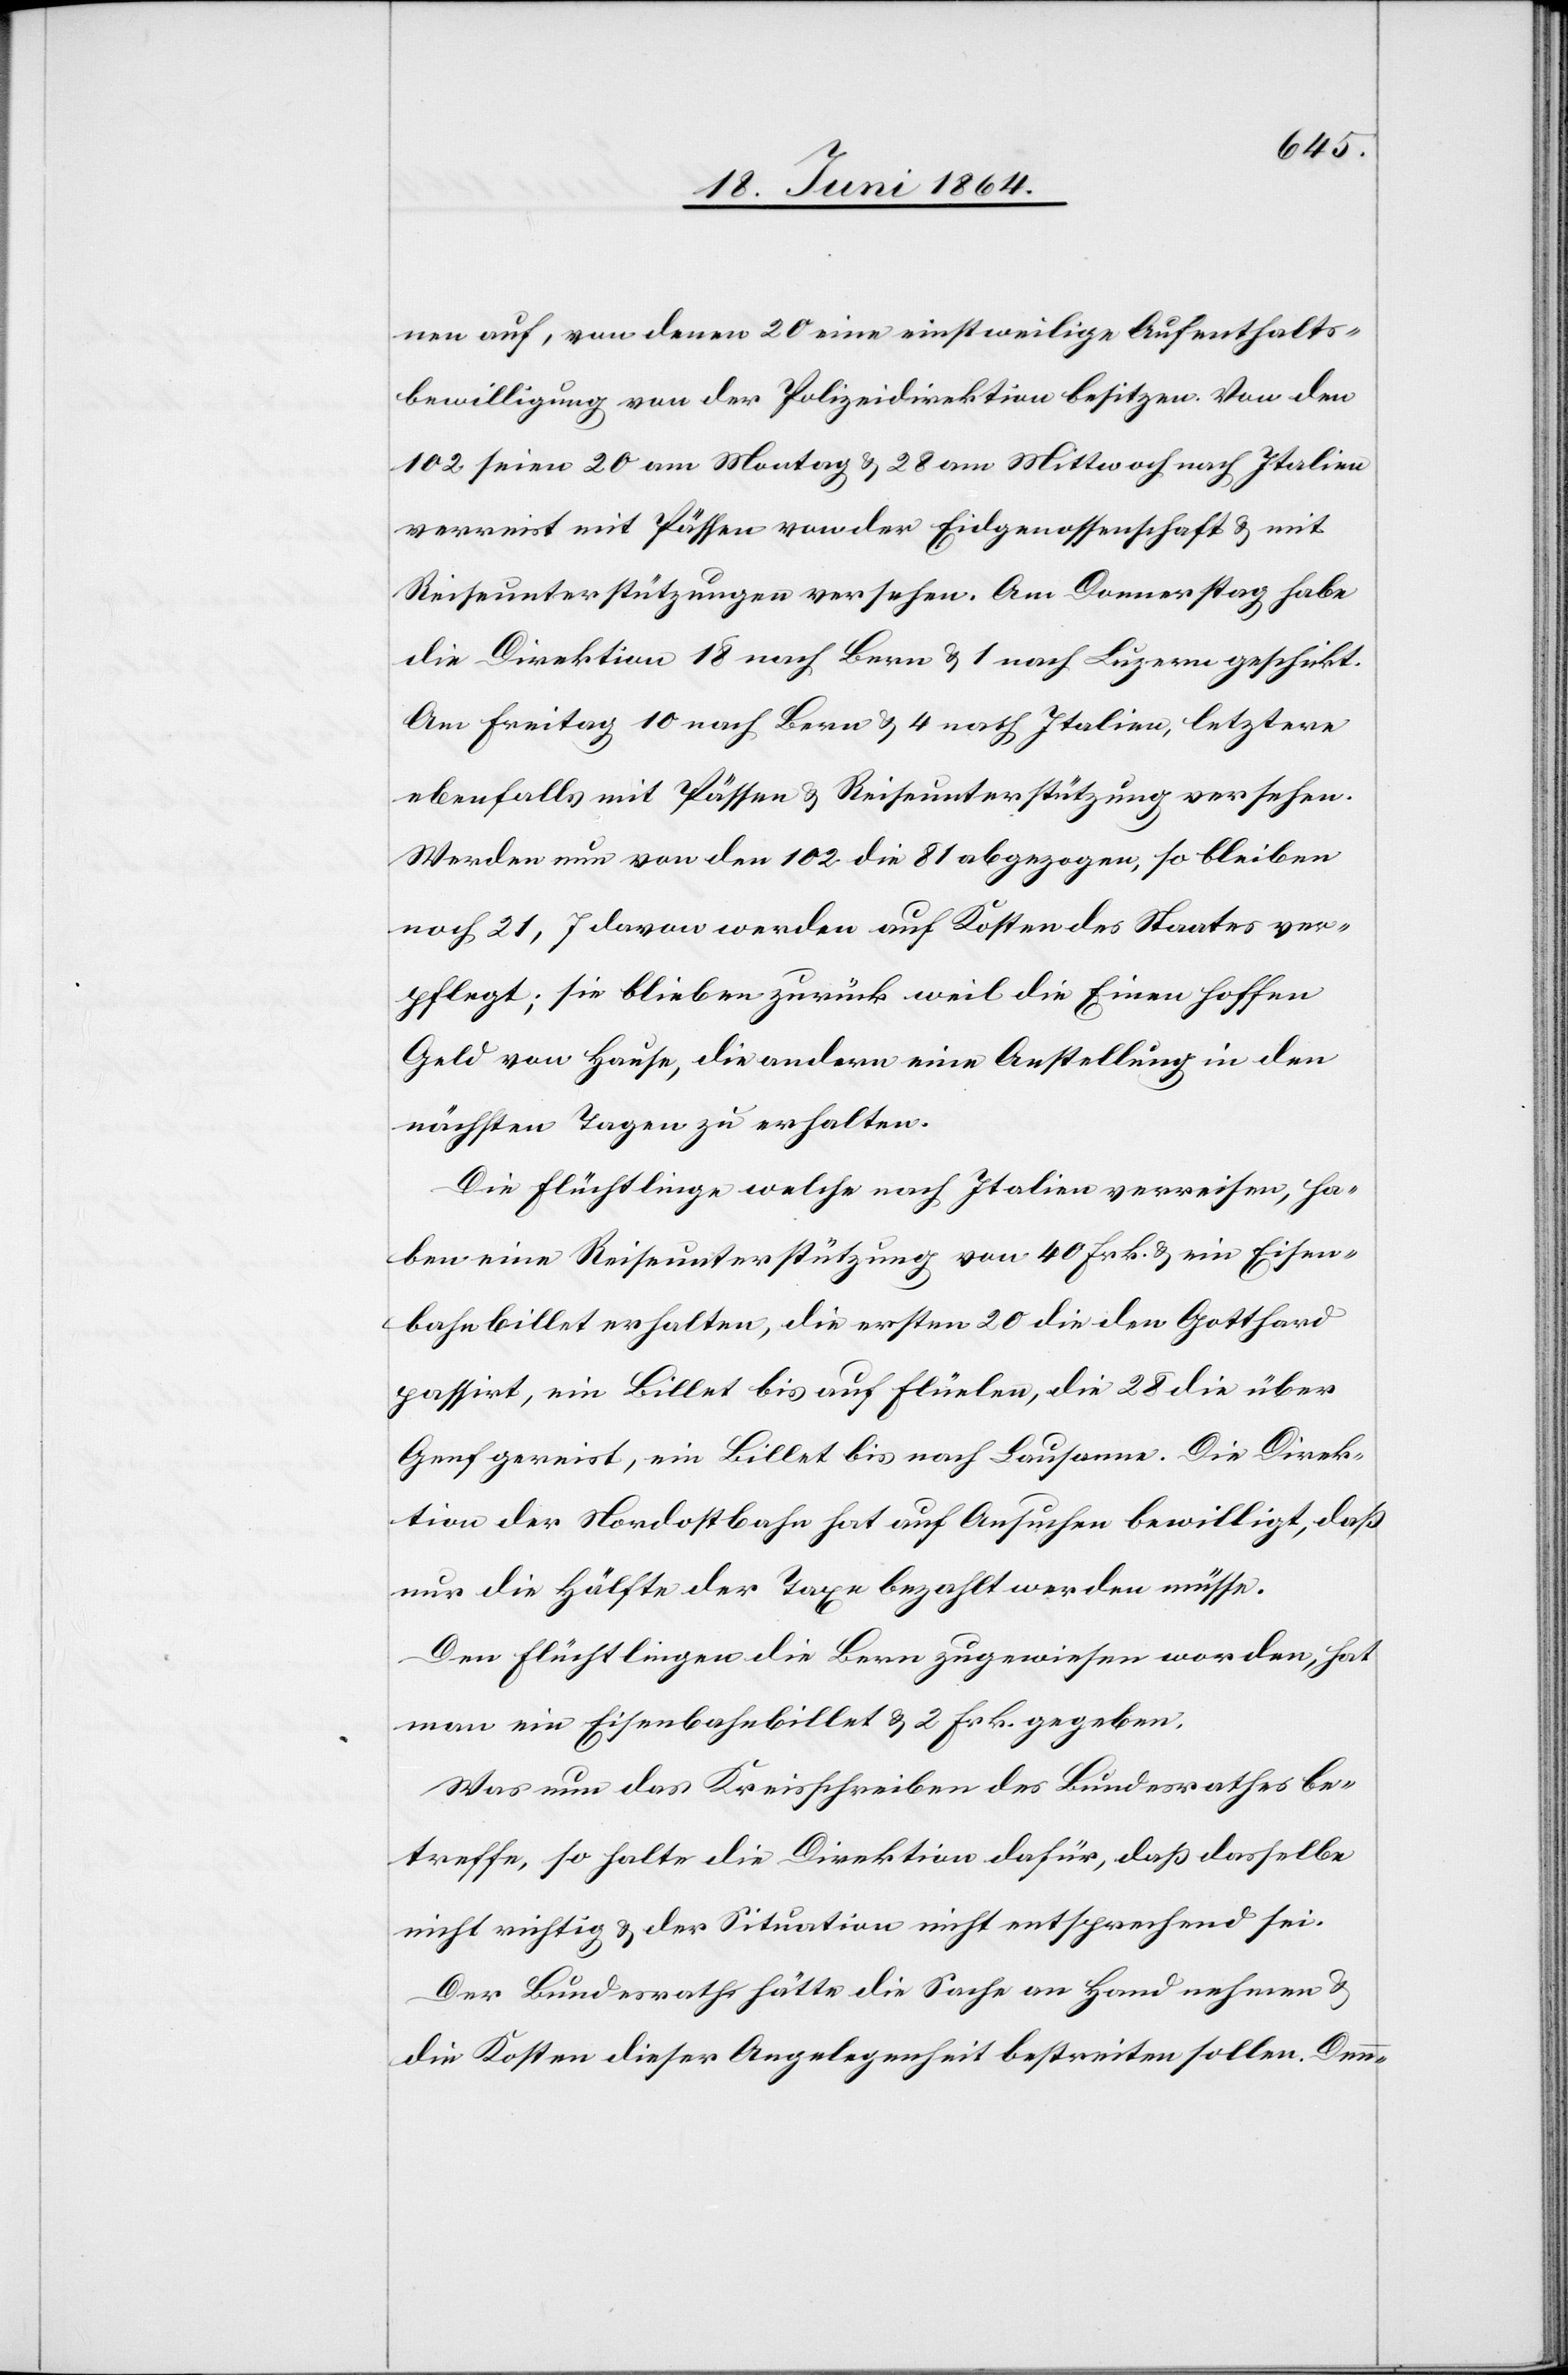
nen auf, von denen 20 eine einstweilige Aufenthalts¬
bewilligung von der Polizeidirektion besitzen. Von den
102 seien 20 am Montag u. 28 am Mittwoch nach Italien
verreist mit Pässen von der Eidgenossenschaft u. mit
Reiseunterstützungen versehen. Am Donnerstag habe
die Direktion 18 nach Bern u. 1 nach Luzern geschickt.
Am Freitag 10 nach Bern u. 4 nach Italien, letztere
ebenfalls mit Pässen u. Reiseunterstützung versehen.
Werden nun von den 102 die 81 abgezogen, so bleiben
noch 21, 7 davon werden auf Kosten des Staates ver¬
pflegt; sie bleiben zurück weil die Einen hoffen
Geld von Hause [sic!], die andern eine Anstellung in den
nächsten Tagen zu erhalten.
Die Flüchtlinge welche nach Italien verreisen, ha¬
ben eine Reiseunterstützung von 40 Frk. u. ein Eisen¬
bahnbillet erhalten, die ersten 20 die den Gotthard
passirt, ein Billet bis auf Flüelen, die 28 die über
Genf gereist, ein Billet bis nach Lausanne. Die Direk¬
tion der Nordostbahn hat auf Ansuchen bewilligt, daß
nur die Hälfte der Taxe bezahlt werden müsse.
Den Flüchtlingen die Bern zugewiesen worden, hat
man ein Eisenbahnbillet u. 2 Frk. gegeben.
Was nun das Kreisschreiben des Bundesrathes be¬
treffe, so halte die Direktion dafür, daß dasselbe
nicht richtig u. der Situation nicht entsprechend sei.
Der Bundesrath hätte die Sache an Hand nehmen u.
die Kosten dieser Angelegenheit bestreiten sollen. Denn-